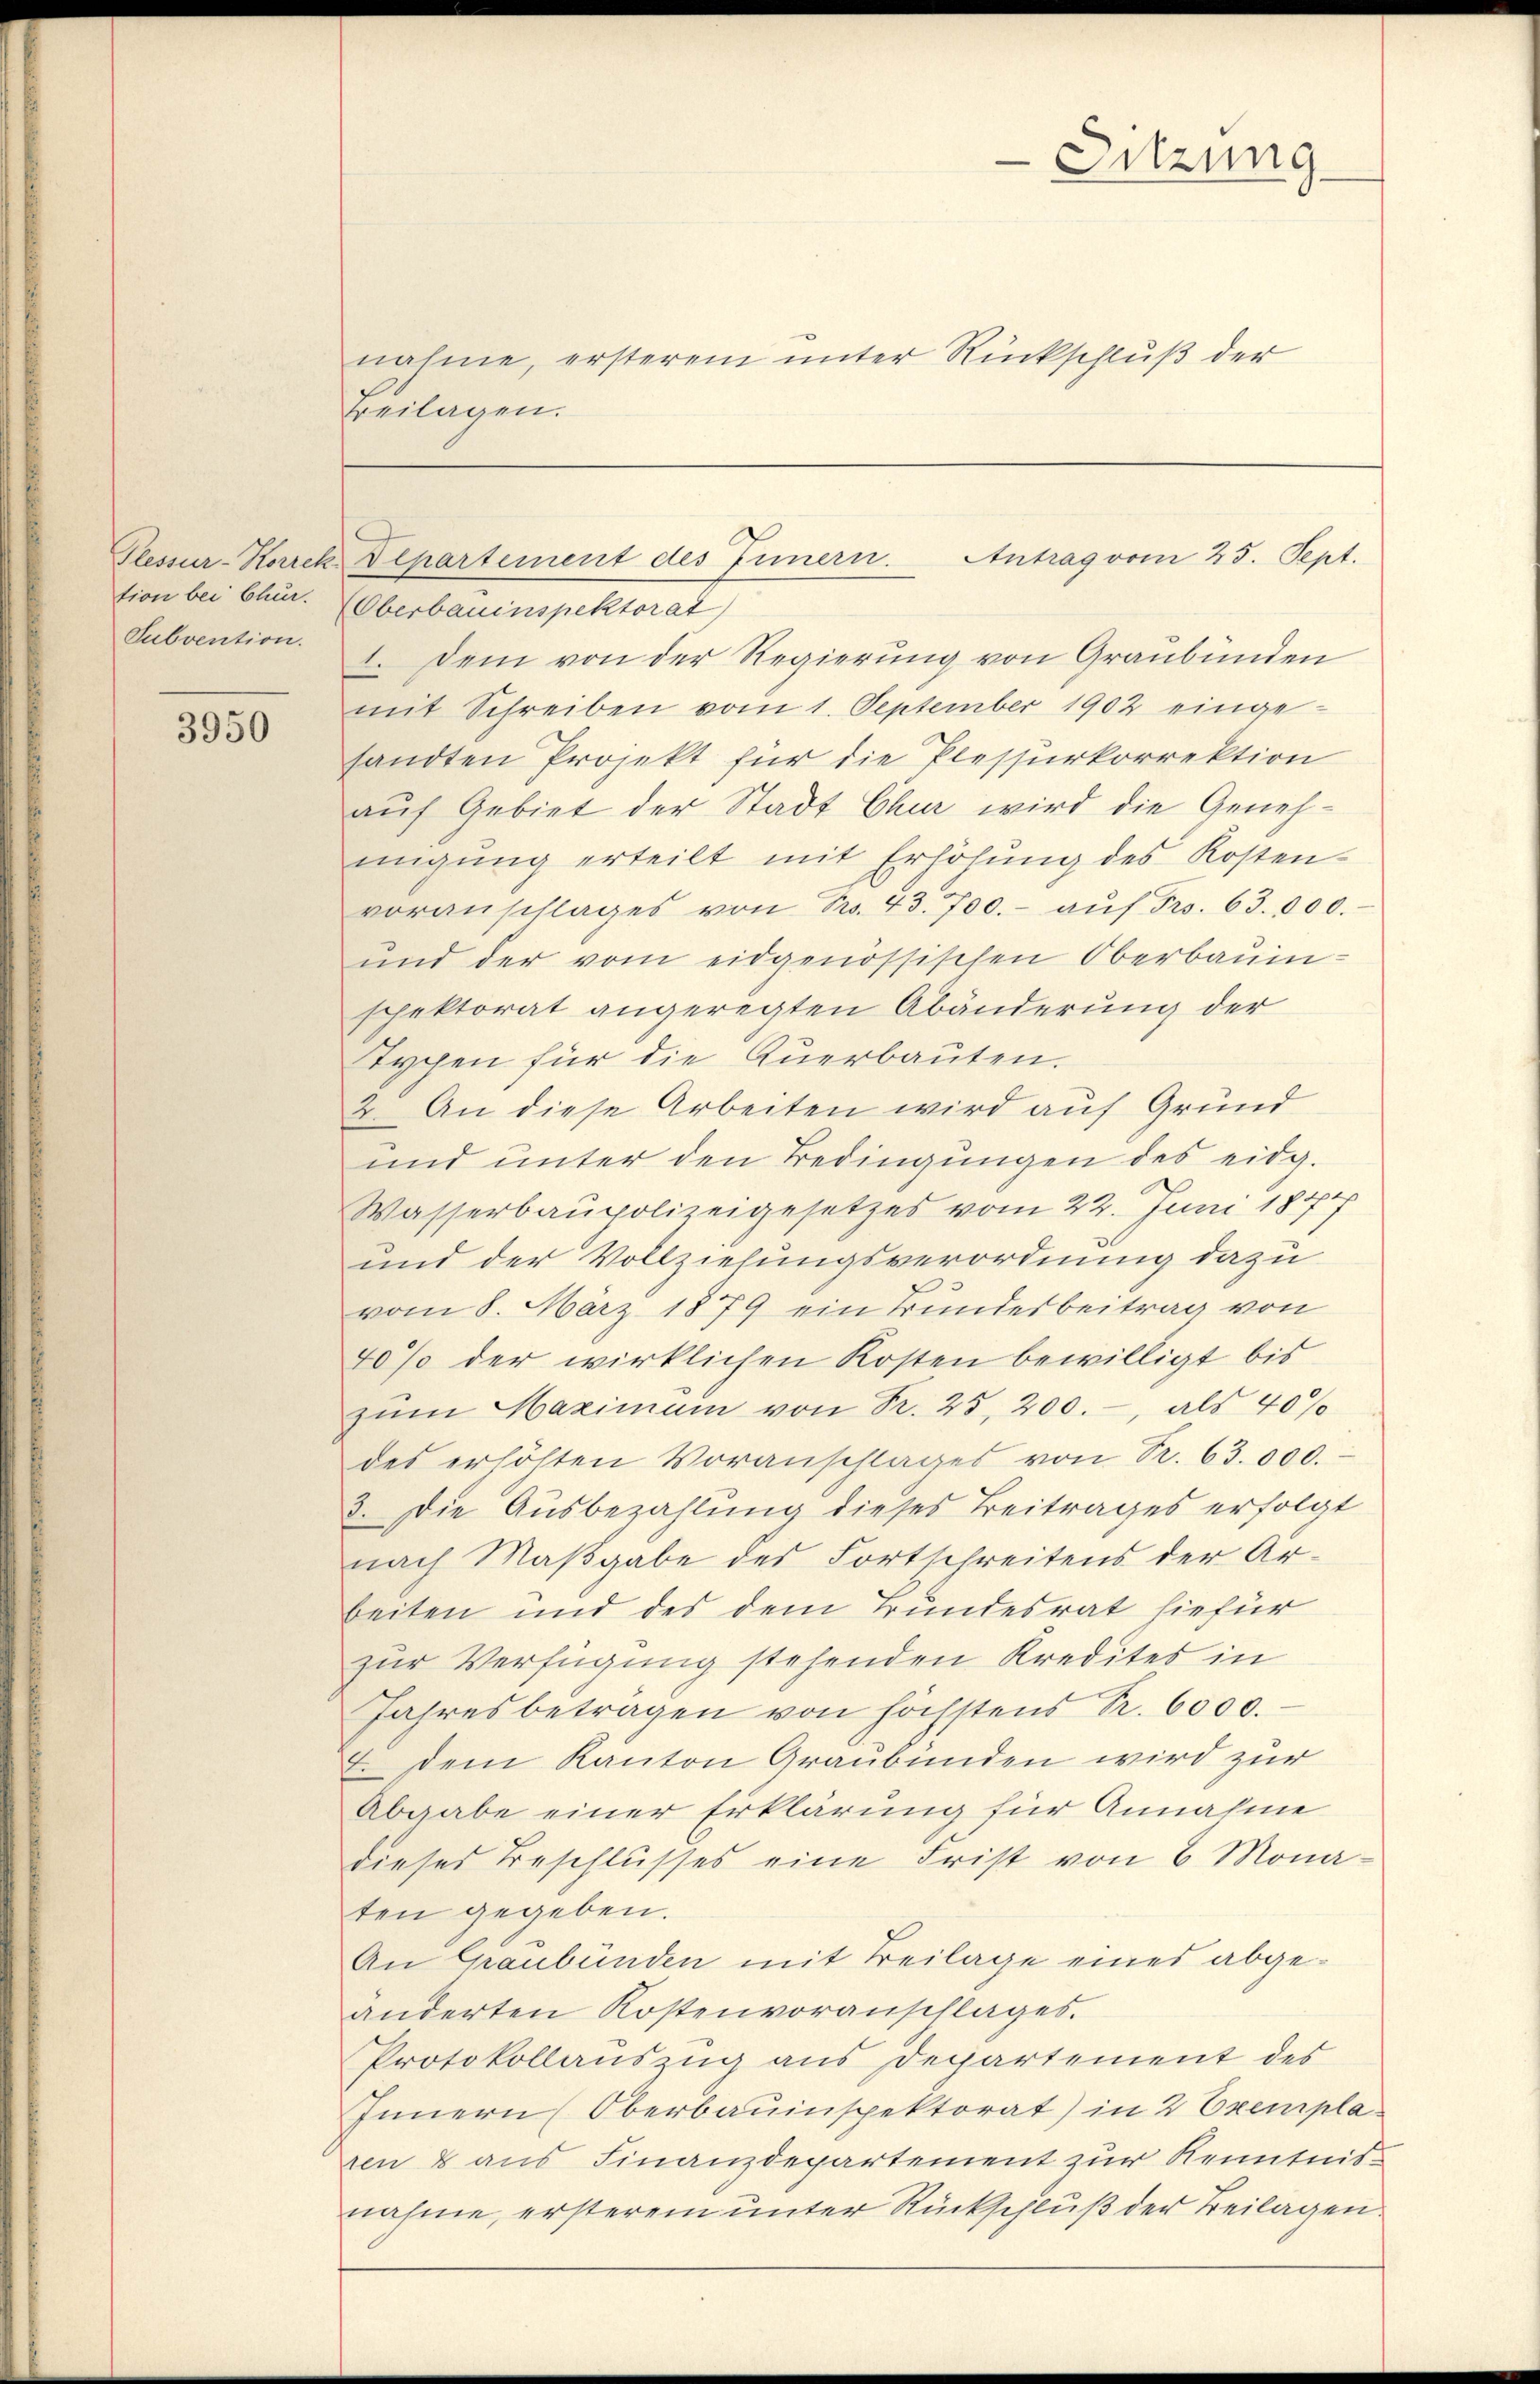
tion bei Clur.
Subvention.

3950

Beilagen.

Sitzung
nahme, ersterem unter Rückschluß der

Oberbauinspektorat
1. Dem von der Regierung von Graubünden
mit Schreiben vom 1. September 1902 einge-
sandten Projekt für die Plessurkorrektion
auf Gebiet der Stadt Chur wird die Genehmigŭng erteilt mit Erhöhŭng des Kosten-
voranschlages von Pro. 43. 700.- aŭf Fr. 63.000.
und der vom eidgenössischen Oberbauinspektorat angeregten Abänderung der
Typen für die Querbauten.
2. An diese Arbeiten wird auf Grund
und unter den Bedingungen des eidg.
Wasserbaupolizeigesetzes vom 22. Juni 1874
und der Vollziehungsverordnung dazu
vom 8. März 1879 ein Bundesbeitrag von
40% der wirklichen Kosten bewilligt bis
zŭm Maximum von R. 25, 200.-, als 40%
des erhöhten Voranschlages von Sr. 63.000.
3. Die Ausbezahlung dieses Beitrages erfolgt
nach Maßgabe des Fortschreitens der Arbeiten und des dem Grundesrat hiefür
zur Verfügung stehenden Kredites in
Jahres beträgen von höchstens Sr. 6000.
 dem Kanton Graubünden wird zur
Abgabe einer Erklärung für Annahme
dieses Beschlusses eine Frist von 8 Monaten gegeben.
An Graubünden mit Beilage eines abgeänderten Kostenvoranschlages.
Protokollauszug aus Departement des
Innern Oberbauinspektorat) in 2 Exemplaven 8 aus Finanzdepartement zur Kenntnisnahme, ersterem unter Rückschluß der Beilagen

Plessur-Korrek, Departement des Innern. Antrag vom 25. Sept.